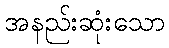
အနည်းဆုံးသော